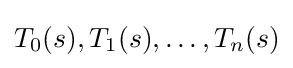
{\textstyle T_{0}(s),T_{1}(s),\ldots ,T_{n}(s)}